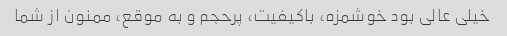
خیلی عالی بود خوشمزه، باکیفیت، پرحجم و به موقع، ممنون از شما